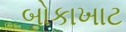
બોકાખાટ